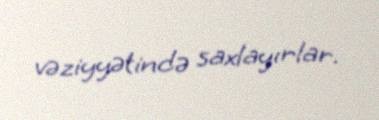
vəziyyətində saxlayırlar.